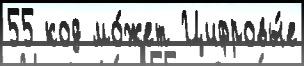
55 код мо́жет Цифровы́е